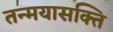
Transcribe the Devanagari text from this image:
तन्मयासक्ति